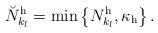
LaTeX: \begin{align*}\breve{N}^{\mathrm{h}}_{k_l} = \min\left\lbrace N^{\mathrm{h}}_{k_l}, \kappa_\mathrm{h} \right\rbrace.\end{align*}